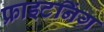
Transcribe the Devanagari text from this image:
फ्राइटनिंग